Vaccine operations Central Provinces 1900-1911 - 1900-1911
Year: 1900
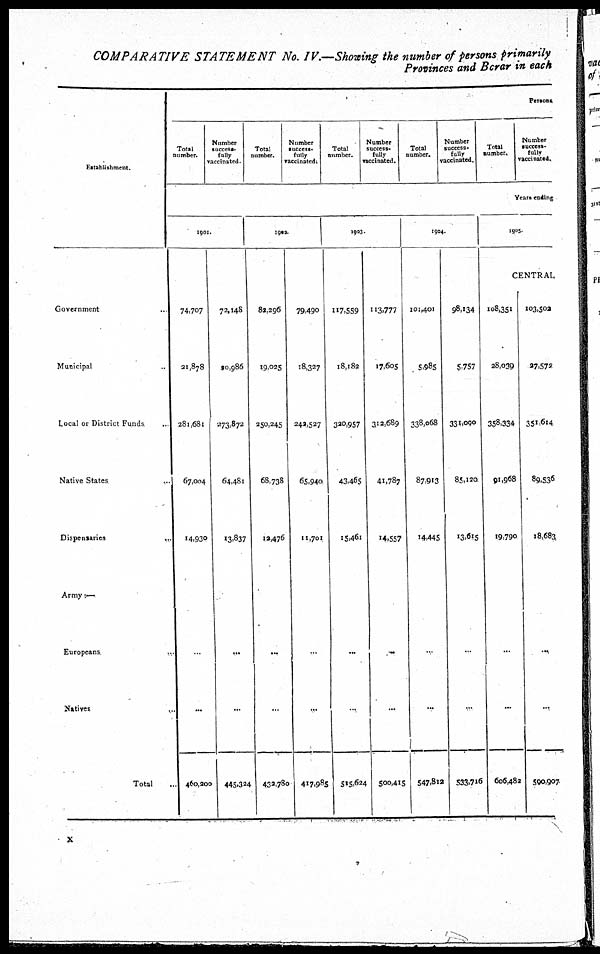
COMPARATIVE STATEMENT No. IV.—Showing the number of persons primarily
Provinces and Berar in each
Establishment.
Government ...
Municipal ...
Local or District Funds
Native States
...
Dispensaries
...
Army —
Europeans ...
Natives
...
Total ...
Persons.
Total
number.
Number
success.
fully
vaccinated.
Total
number.
Number
success¬
fully
vaccinated.
Total
number.
Number
success-
fully
vaccinated.
Total
number.
Number
success¬
fully
vaccinated.
Total
number.
Number
success¬
fully
vaccinated.
Years ending
1901.
74,707
21,878
281,681
67,004
14,930
...
...
460,200
72,148
20,986
273,872
64,481
13,837
...
...
445,324
1902.
82,296
19,025
250,245
68,738
12,476
...
...
432,780
79,490
18,327
242,527
65,940
11,701
...
...
417,985
1903
117,589
18,182
320,957
43,465
15,461
...
...
515,624
113,777
17,605
312,689
41,787
14,557
...
...
500,415
1904.
101,401
5,985
338,068
87,913
14,445
...
...
547,812
98,134
5,757
331,000
85,120
13,615
...
...
533,716
1905.
CENTRAL
108,351
28,039
358,334
91,968
19,790
...
...
606,482
103,502
27,572
351,614
89,536
18,683
...
...
590,907
x